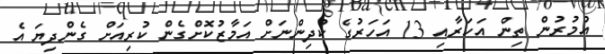
އުމުރުން ތިން އަހަރާއި 13 އަހަރުގެ ކުދިންނަށް އަމާޒުކޮށްގެން ކުރިއަށް ގެންދިޔަ އެ